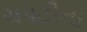
ચપટીના